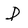
Character: D